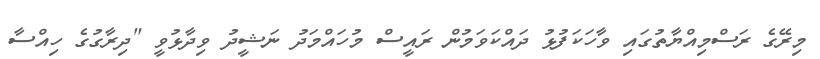
މިރޭގެ ރަސްމިއްޔާތުގައި ވާހަކަފުޅު ދައްކަވަމުން ރައީސް މުހައްމަދު ނަޝީދު ވިދާޅުވީ "ދިރާގުގެ ހިއްސާ